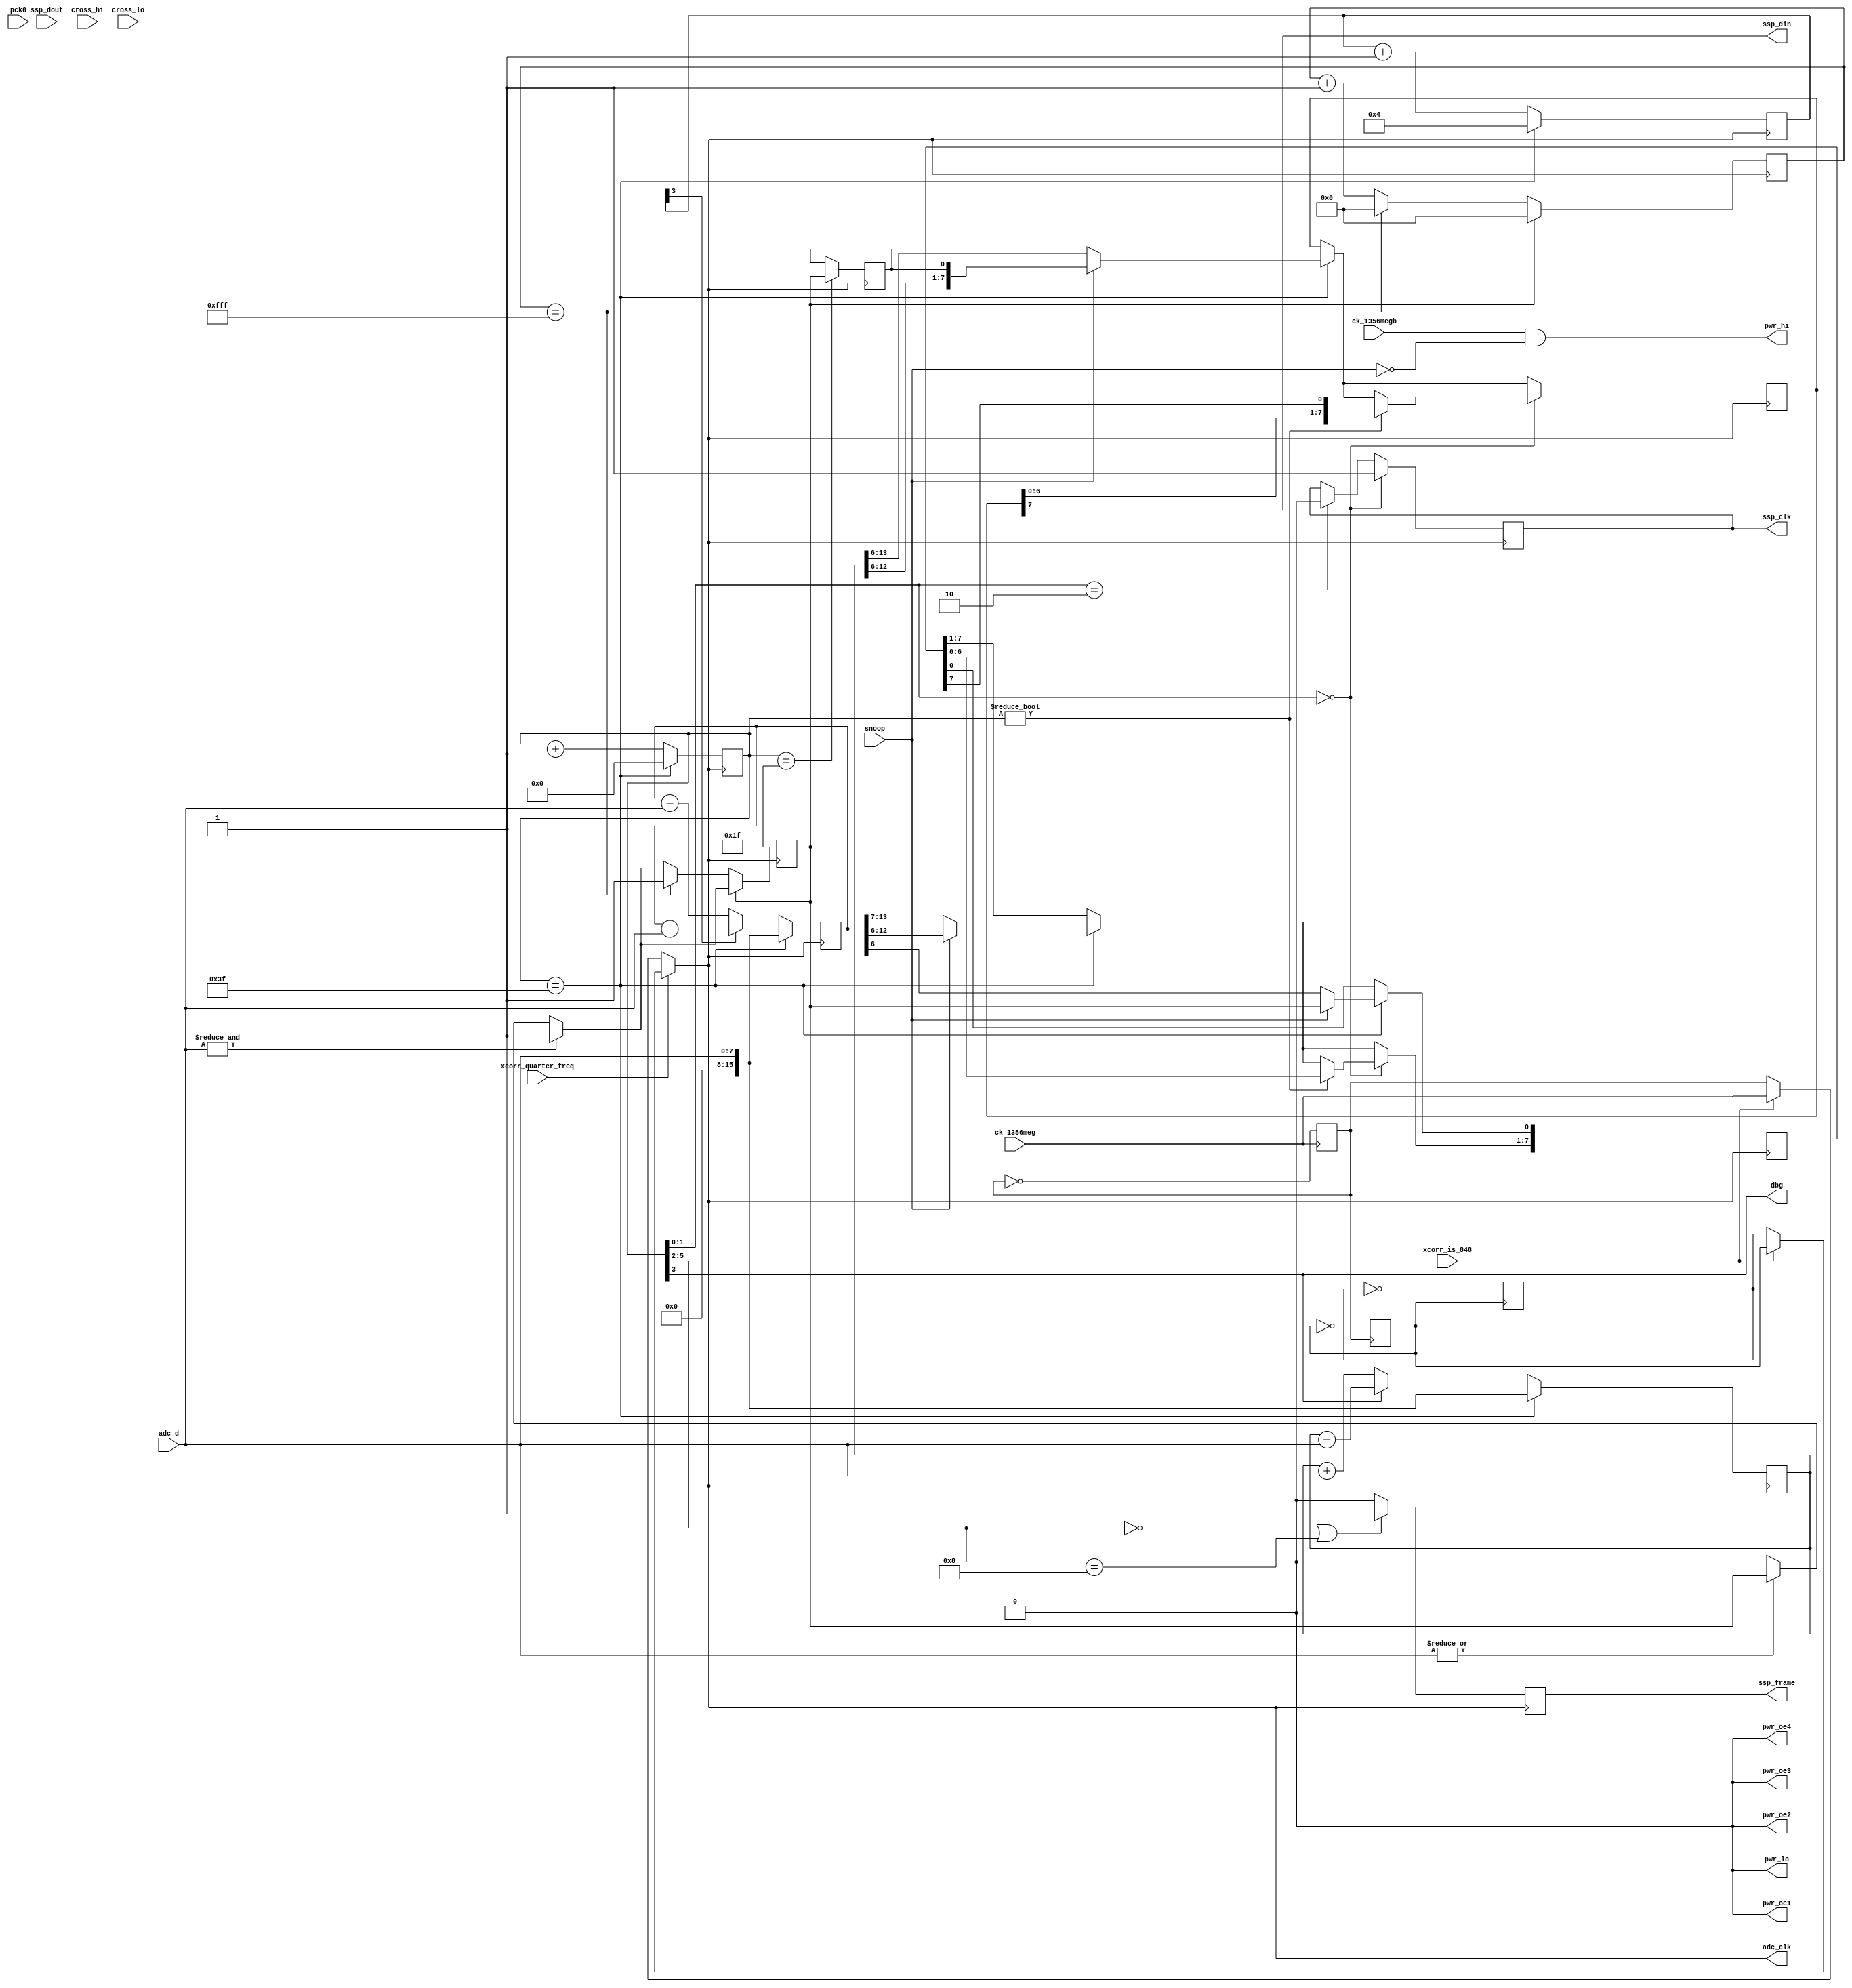
module hi_read_rx_xcorr(
    pck0, ck_1356meg, ck_1356megb,
    pwr_lo, pwr_hi, pwr_oe1, pwr_oe2, pwr_oe3, pwr_oe4,
    adc_d, adc_clk,
    ssp_frame, ssp_din, ssp_dout, ssp_clk,
    cross_hi, cross_lo,
    dbg,
    xcorr_is_848, snoop, xcorr_quarter_freq
);
    input pck0, ck_1356meg, ck_1356megb;
    output pwr_lo, pwr_hi, pwr_oe1, pwr_oe2, pwr_oe3, pwr_oe4;
    input [7:0] adc_d;
    output adc_clk;
    input ssp_dout;
    output ssp_frame, ssp_din, ssp_clk;
    input cross_hi, cross_lo;
    output dbg;
    input xcorr_is_848, snoop, xcorr_quarter_freq;

// Carrier is steady on through this, unless we're snooping.
assign pwr_hi = ck_1356megb & (~snoop);
assign pwr_oe1 = 1'b0;
assign pwr_oe2 = 1'b0;
assign pwr_oe3 = 1'b0;
assign pwr_oe4 = 1'b0;

reg ssp_clk;
reg ssp_frame;

reg fc_div_2;
always @(posedge ck_1356meg)
    fc_div_2 = ~fc_div_2;

reg fc_div_4;
always @(posedge fc_div_2)
    fc_div_4 = ~fc_div_4;

reg fc_div_8;
always @(posedge fc_div_4)
    fc_div_8 = ~fc_div_8;

reg adc_clk;

always @(xcorr_is_848 or xcorr_quarter_freq or ck_1356meg)
    if(~xcorr_quarter_freq)
    begin
	    if(xcorr_is_848)
	        // The subcarrier frequency is fc/16; we will sample at fc, so that 
	        // means the subcarrier is 1 1 1 1 1 1 1 1 0 0 0 0 0 0 0 0 1 1 ...
	        adc_clk <= ck_1356meg;
	    else
	        // The subcarrier frequency is fc/32; we will sample at fc/2, and
	        // the subcarrier will look identical.
	        adc_clk <= fc_div_2;
    end
    else
    begin
	    if(xcorr_is_848)
	        // The subcarrier frequency is fc/64
	        adc_clk <= fc_div_4;
	    else
	        // The subcarrier frequency is fc/128
	        adc_clk <= fc_div_8;
	end

// When we're a reader, we just need to do the BPSK demod; but when we're an
// eavesdropper, we also need to pick out the commands sent by the reader,
// using AM. Do this the same way that we do it for the simulated tag.
reg after_hysteresis, after_hysteresis_prev;
reg [11:0] has_been_low_for;
always @(negedge adc_clk)
begin
    if(& adc_d[7:0]) after_hysteresis <= 1'b1;
    else if(~(| adc_d[7:0])) after_hysteresis <= 1'b0;

    if(after_hysteresis)
    begin
        has_been_low_for <= 7'b0;
    end
    else
    begin
        if(has_been_low_for == 12'd4095)
        begin
            has_been_low_for <= 12'd0;
            after_hysteresis <= 1'b1;
        end
        else
            has_been_low_for <= has_been_low_for + 1;
    end
end

// Let us report a correlation every 4 subcarrier cycles, or 4*16 samples,
// so we need a 6-bit counter.
reg [5:0] corr_i_cnt;
reg [5:0] corr_q_cnt;
// And a couple of registers in which to accumulate the correlations.
reg signed [15:0] corr_i_accum;
reg signed [15:0] corr_q_accum;
reg signed [7:0] corr_i_out;
reg signed [7:0] corr_q_out;

// ADC data appears on the rising edge, so sample it on the falling edge
always @(negedge adc_clk)
begin
    // These are the correlators: we correlate against in-phase and quadrature
    // versions of our reference signal, and keep the (signed) result to
    // send out later over the SSP.
    if(corr_i_cnt == 7'd63)
    begin
        if(snoop)
        begin
            corr_i_out <= {corr_i_accum[12:6], after_hysteresis_prev};
            corr_q_out <= {corr_q_accum[12:6], after_hysteresis};
        end
        else
        begin
            // Only correlations need to be delivered.
            corr_i_out <= corr_i_accum[13:6];
            corr_q_out <= corr_q_accum[13:6];
        end

        corr_i_accum <= adc_d;
        corr_q_accum <= adc_d;
        corr_q_cnt <= 4;
        corr_i_cnt <= 0;
    end
    else
    begin
        if(corr_i_cnt[3])
            corr_i_accum <= corr_i_accum - adc_d;
        else
            corr_i_accum <= corr_i_accum + adc_d;

        if(corr_q_cnt[3])
            corr_q_accum <= corr_q_accum - adc_d;
        else
            corr_q_accum <= corr_q_accum + adc_d;

        corr_i_cnt <= corr_i_cnt + 1;
        corr_q_cnt <= corr_q_cnt + 1;
    end

    // The logic in hi_simulate.v reports 4 samples per bit. We report two
    // (I, Q) pairs per bit, so we should do 2 samples per pair.
    if(corr_i_cnt == 6'd31)
        after_hysteresis_prev <= after_hysteresis;

    // Then the result from last time is serialized and send out to the ARM.
    // We get one report each cycle, and each report is 16 bits, so the
    // ssp_clk should be the adc_clk divided by 64/16 = 4.

    if(corr_i_cnt[1:0] == 2'b10)
        ssp_clk <= 1'b0;

    if(corr_i_cnt[1:0] == 2'b00)
    begin
        ssp_clk <= 1'b1;
        // Don't shift if we just loaded new data, obviously.
        if(corr_i_cnt != 7'd0)
        begin
            corr_i_out[7:0] <= {corr_i_out[6:0], corr_q_out[7]};
            corr_q_out[7:1] <= corr_q_out[6:0];
        end
    end

    if(corr_i_cnt[5:2] == 4'b000 || corr_i_cnt[5:2] == 4'b1000)
        ssp_frame = 1'b1;
    else
        ssp_frame = 1'b0;

end

assign ssp_din = corr_i_out[7];

assign dbg = corr_i_cnt[3];

// Unused.
assign pwr_lo = 1'b0;

endmodule